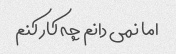
اما نمی دانم چه کار کنم